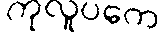
ကုလူပကေ